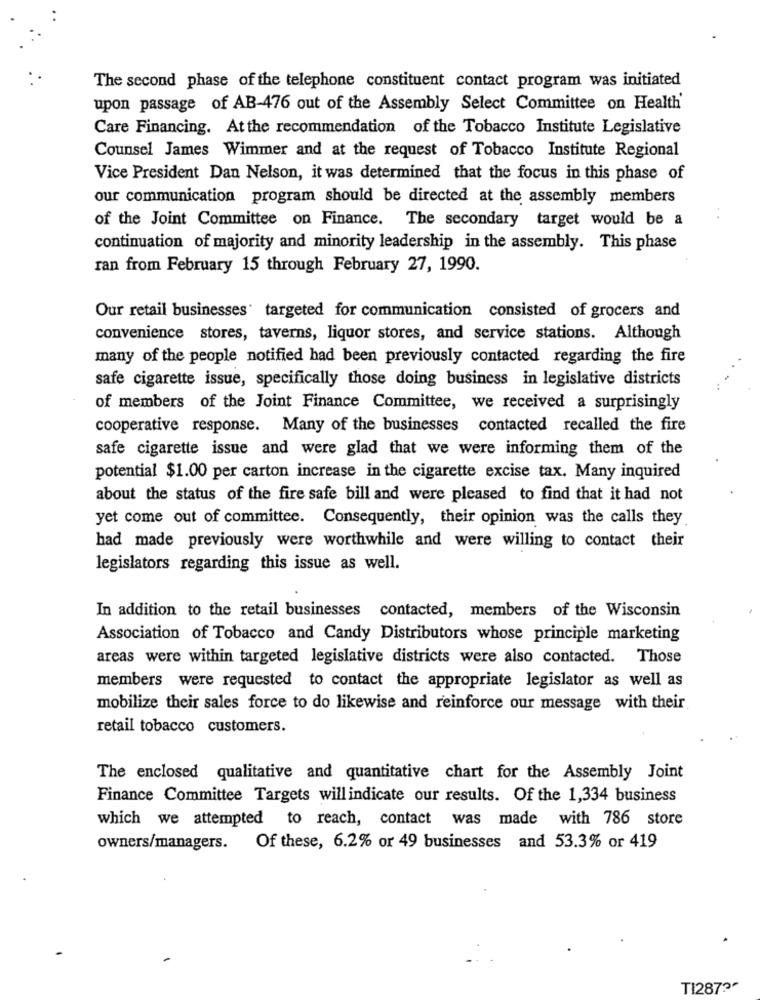
The second phase of the telephone constituent contact program was initiated
upon passage of AB-476 out of the Assembly Select Committee on Health'
Care Financing. At the recommendation of the Tobacco Institute Legislative
Counsel James Wimmer and at the request of Tobacco Institute Regional
Vice President Dan Nelson, it was determined that the focus in this phase of
our communication program should be directed at the assembly members
of the Joint Committee on Finance. The secondary target would be a
continuation of majority and minority leadership in the assembly. This phase
ran from February 15 through February 27, 1990.
Our retail businesses' targeted for communication consisted of grocers and
convenience stores, taverns, liquor stores, and service stations. Although
many of the people notified had been previously contacted regarding the fire
safe cigarette issue, specifically those doing business in legislative districts
of members of the Joint Finance Committee, we received a surprisingly
cooperative response. Many of the businesses contacted recalled the fire
safe cigarette issue and were glad that we were informing them of the
potential $1.00 per carton increase in the cigarette excise tax. Many inquired
about the status of the fire safe bill and were pleased to find that it had not
yet come out of committee. Consequently, their opinion was the calls they
had made previously were worthwhile and were willing to contact their
legislators regarding this issue as well.
In addition to the retail businesses contacted, members of the Wisconsin
Association of Tobacco and Candy Distributors whose principle marketing
areas were within targeted legislative districts were also contacted. Those
members were requested to contact the appropriate legislator as well as
mobilize their sales force to do likewise and reinforce our message with their
retail tobacco customers.
The enclosed qualitative and quantitative chart for the Assembly Joint
Finance Committee Targets will indicate our results. Of the 1,334 business
which we attempted to reach, contact was made with 786 store
owners/managers. Of these, 6.2% or 49 businesses and 53.3% or 419
TI287?"